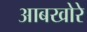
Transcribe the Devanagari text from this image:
आबखोरे